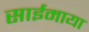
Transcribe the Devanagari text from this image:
साईमाया